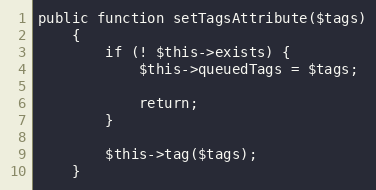
Language: PHP
public function setTagsAttribute($tags)
    {
        if (! $this->exists) {
            $this->queuedTags = $tags;

            return;
        }

        $this->tag($tags);
    }